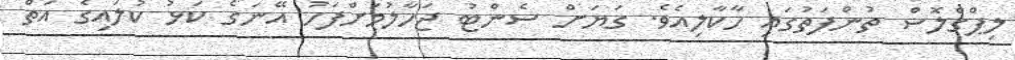
ލިޕްގްލޮސް ތުންފަތުގައި ހާކާލިއެވެ. ގަޔަށް ސެންޓު ޖަހާލުމަށްފަހު އޭނަގެ ކަޅު ކުލައިގެ އަތް